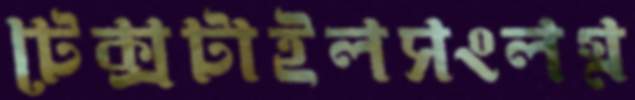
টেক্সটাইলসংলগ্ন